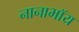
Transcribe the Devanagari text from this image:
नानाभॉय